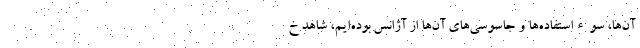
آن‌ها، سوءاستفاده‌ها و جاسوسی‌های آن‌ها از آژانس بوده‌ایم، شاهد خ